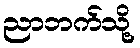
ညာဘက်သို့